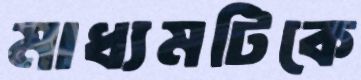
মাধ্যমটিকে